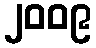
၂၀၀၉